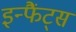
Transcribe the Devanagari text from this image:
इन्फैंट्स